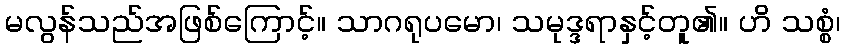
မလွန်သည်အဖြစ်ကြောင့်။ သာဂရုပမော၊ သမုဒ္ဒရာနှင့်တူ၏။ ဟိ သစ္စံ၊